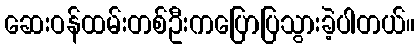
ဆေးဝန်ထမ်းတစ်ဦးကပြောပြသွားခဲ့ပါတယ်။